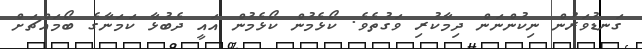
ގަނޑުވަރުން ނިކުންނަން ދިމާކުރި ވަގުތެވެ. ކޯޅެމުން ކޯޅެމުން އައީ ދެބުޅާ ކަމަނާގެ ބޯމައްޗަށް